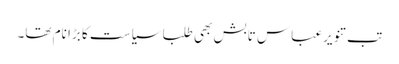
تب تنویرعباس تابش بھی طلبا سیاست کا بڑا نام تھا۔